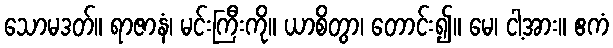
သောမဒတ်။ ရာဇာနံ၊ မင်းကြီးကို။ ယာစိတွာ၊ တောင်း၍။ မေ၊ ငါ့အား။ ဧကံ